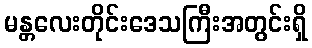
မန္တလေးတိုင်းဒေသကြီးအတွင်းရှိ